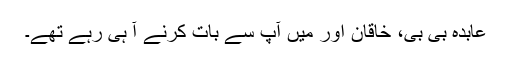
عابدہ بی بی، خاقان اور میں آپ سے بات کرنے آ ہی رہے تھے۔